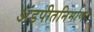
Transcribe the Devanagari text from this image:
अंडपीतनिर्माण